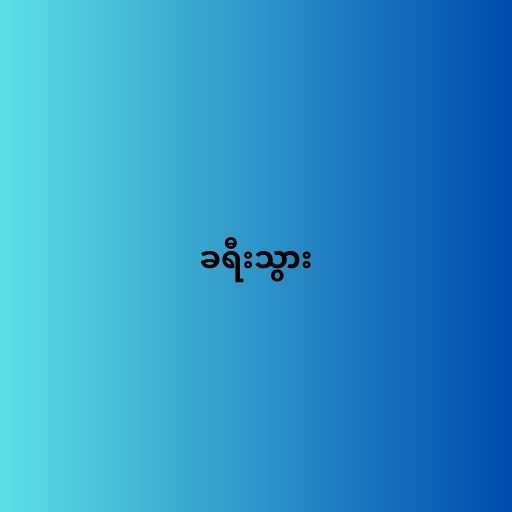
ခရီးသွား